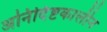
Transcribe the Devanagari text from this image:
अनिर्दिष्टकालीन